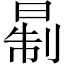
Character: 𪰮